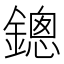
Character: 鏓